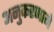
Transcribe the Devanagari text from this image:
अनुकरणाने